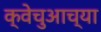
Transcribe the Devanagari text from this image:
क्वेचुआच्या